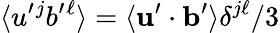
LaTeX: \langle{u^{\prime}{}^{j}b^{\prime}{}^{\ell}}\rangle=\langle{{\mathbf{u}}^{\prime}\cdot{\mathbf{b}}^{\prime}}\rangle\delta^{j\ell}/3